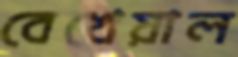
বেখেয়াল